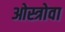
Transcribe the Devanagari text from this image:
ओस्त्रोवा